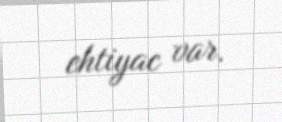
ehtiyac var.